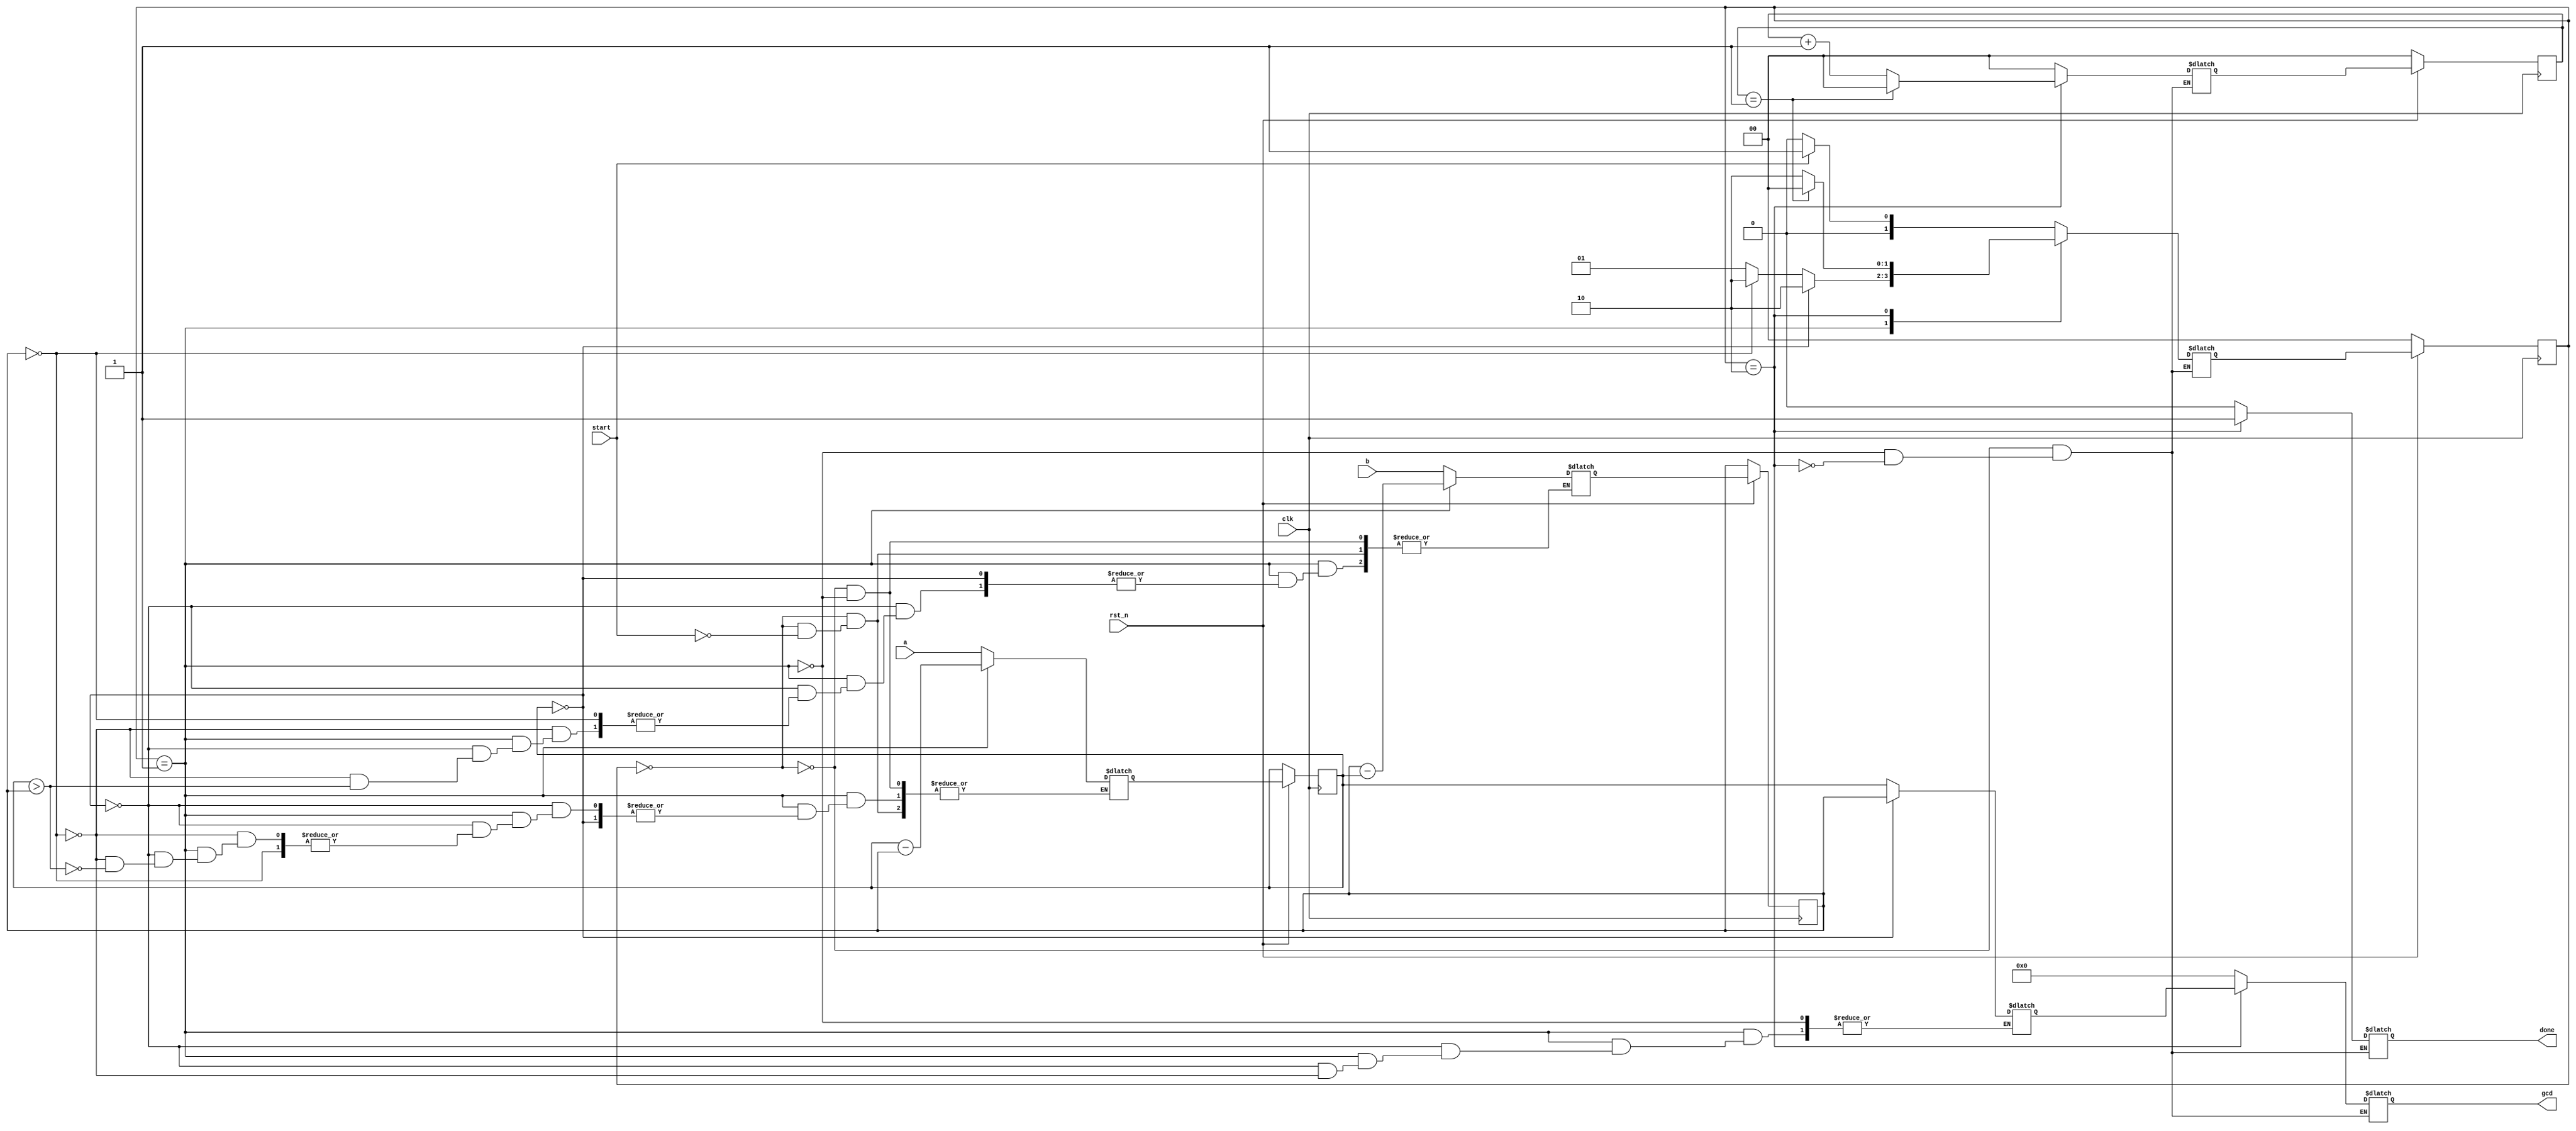
`timescale 1ns/1ps

module Greatest_Common_Divisor (clk, rst_n, start, a, b, done, gcd);
input clk, rst_n;
input start;
input [15:0] a;
input [15:0] b;
output done;
output [15:0] gcd;

parameter WAIT = 2'b00;
parameter CAL = 2'b01;
parameter FINISH = 2'b10;

reg done;
reg [1:0] state, next_state;
reg [1:0] count, next_count;
reg [15:0] in_a, in_b, next_in_a, next_in_b, ans, gcd;

always@(posedge clk)begin
    if(rst_n==1'b0)begin
        state <= WAIT;
        count <= 2'b00;
    end
    else begin
        state <= next_state;
        count <= next_count;
        in_a <= next_in_a;
        in_b <= next_in_b;
    end
end

always@(*)begin
    case(state)
        WAIT:begin
            gcd = 16'd0;
            done = 1'b0;
            next_count = 2'b00;
            if(start==1'b0)begin
                next_state = WAIT;
            end
            else begin
                next_state = CAL;
                next_in_a = a;
                next_in_b = b;
            end
        end
        CAL:begin
            gcd = 16'd0;
            done = 1'b0;
            next_count = 2'b00;
            if(in_a == 16'd0)begin
                next_state = FINISH;
                ans = in_b;
            end
            else if (in_b == 16'd0)begin
                next_state = FINISH;    
                ans = in_a;
            end
            else begin
                next_state = CAL;
                if(in_a > in_b)begin
                    next_in_a = in_a - in_b;
                end
                else begin
                    next_in_b = in_b - in_a;
                end
            end
        end
        FINISH:begin
            gcd = ans;
            done = 1'b1;
            if(count == 2'b01)begin
                next_state = WAIT;
                next_count = 2'b00;
            end
            else begin
                next_state = FINISH;
                next_count = count + 2'b01;
            end
        end
    endcase
end
endmodule